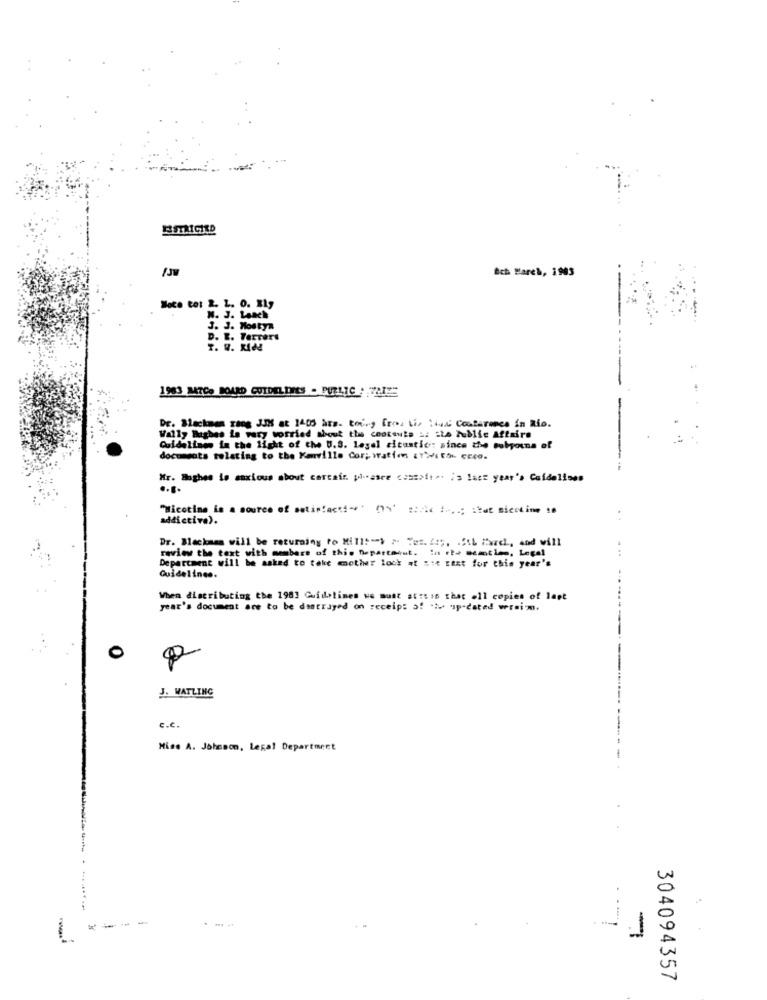
Och Barch, 1983
Noce to: 2. L. 0. X1g
N. J. Laach
3. J. Mostya
D. E. Terrers
1983 MATCo BOARD GUIDELINES . PUBLIC : LIZE
Dr. Beckman zang J58 at 1405 hrs. toing fries tis ilede Conference in Rio.
Wally Baghes is very worried about the contawie :: : Le huublic Affaire
Cuidalines in the light of the U.S. lesel citastic: since che subpoena of
documsats relating to the Kanville Cor; watfem cyWith creo.
Mr. Baghes io anxious about cercair. piasre consoftet is last year's Cuidelises
.. .
"Nicotine is a source of setiniaction" (s' sifie :, ; itat nieching to
addictive).
Dr. Blackman will be returning to Mill: - > > Yes. 2 :;, . "IL March, and will
review the text with members of this Department. In the meantime, Legal
Department will be asked to take mother lock at sie test for this year's
Guidelines.
When distributing the 1983 Guidelines we must atit is that .1l copies of last
year's document are to be dantrayed on receipt of .: up-dated wraim.
J. WATLING
c.c.
Miss A. Johnson, Legal Department
........
-
-
304094357